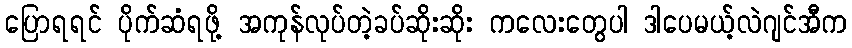
ပြောရရင် ပိုက်ဆံရဖို့ အကုန်လုပ်တဲ့ခပ်ဆိုးဆိုး ကလေးတွေပါ ဒါပေမယ့်လဲဂျင်အီက